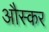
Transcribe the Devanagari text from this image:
औस्कर